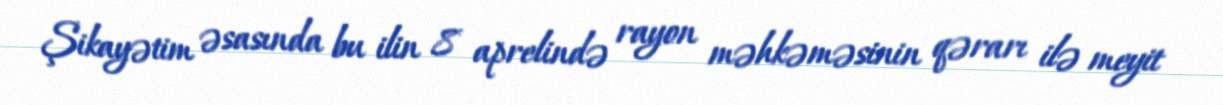
Şikayətim əsasında bu ilin 8 aprelində rayon məhkəməsinin qərarı ilə meyit